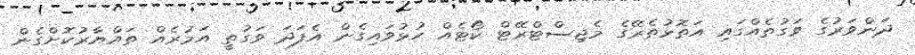
ދަންވަރުގެ ވަގުތެއްގައި އަތޮޅުތެރޭގެ މެޖިސްޓްރޭޓް ކޯޓެއް ހުޅުވައިގެން އެފަދަ ވަގުތީ އަމުރެއް ތައްޔާރުކޮށްގެން